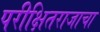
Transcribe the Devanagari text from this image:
परीक्षितराजाचा